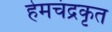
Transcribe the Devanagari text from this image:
हेमचंद्रकृत